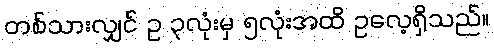
တစ်သားလျှင် ဥ ၃လုံးမှ ၅လုံးအထိ ဥလေ့ရှိသည်။